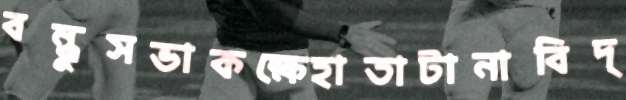
বন্ধুসভাকক্ষেহাতাটানাবিদ্